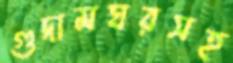
গুদামঘরসহ